NAE_EAA_P-553_Koit_kolhoos, lk 29
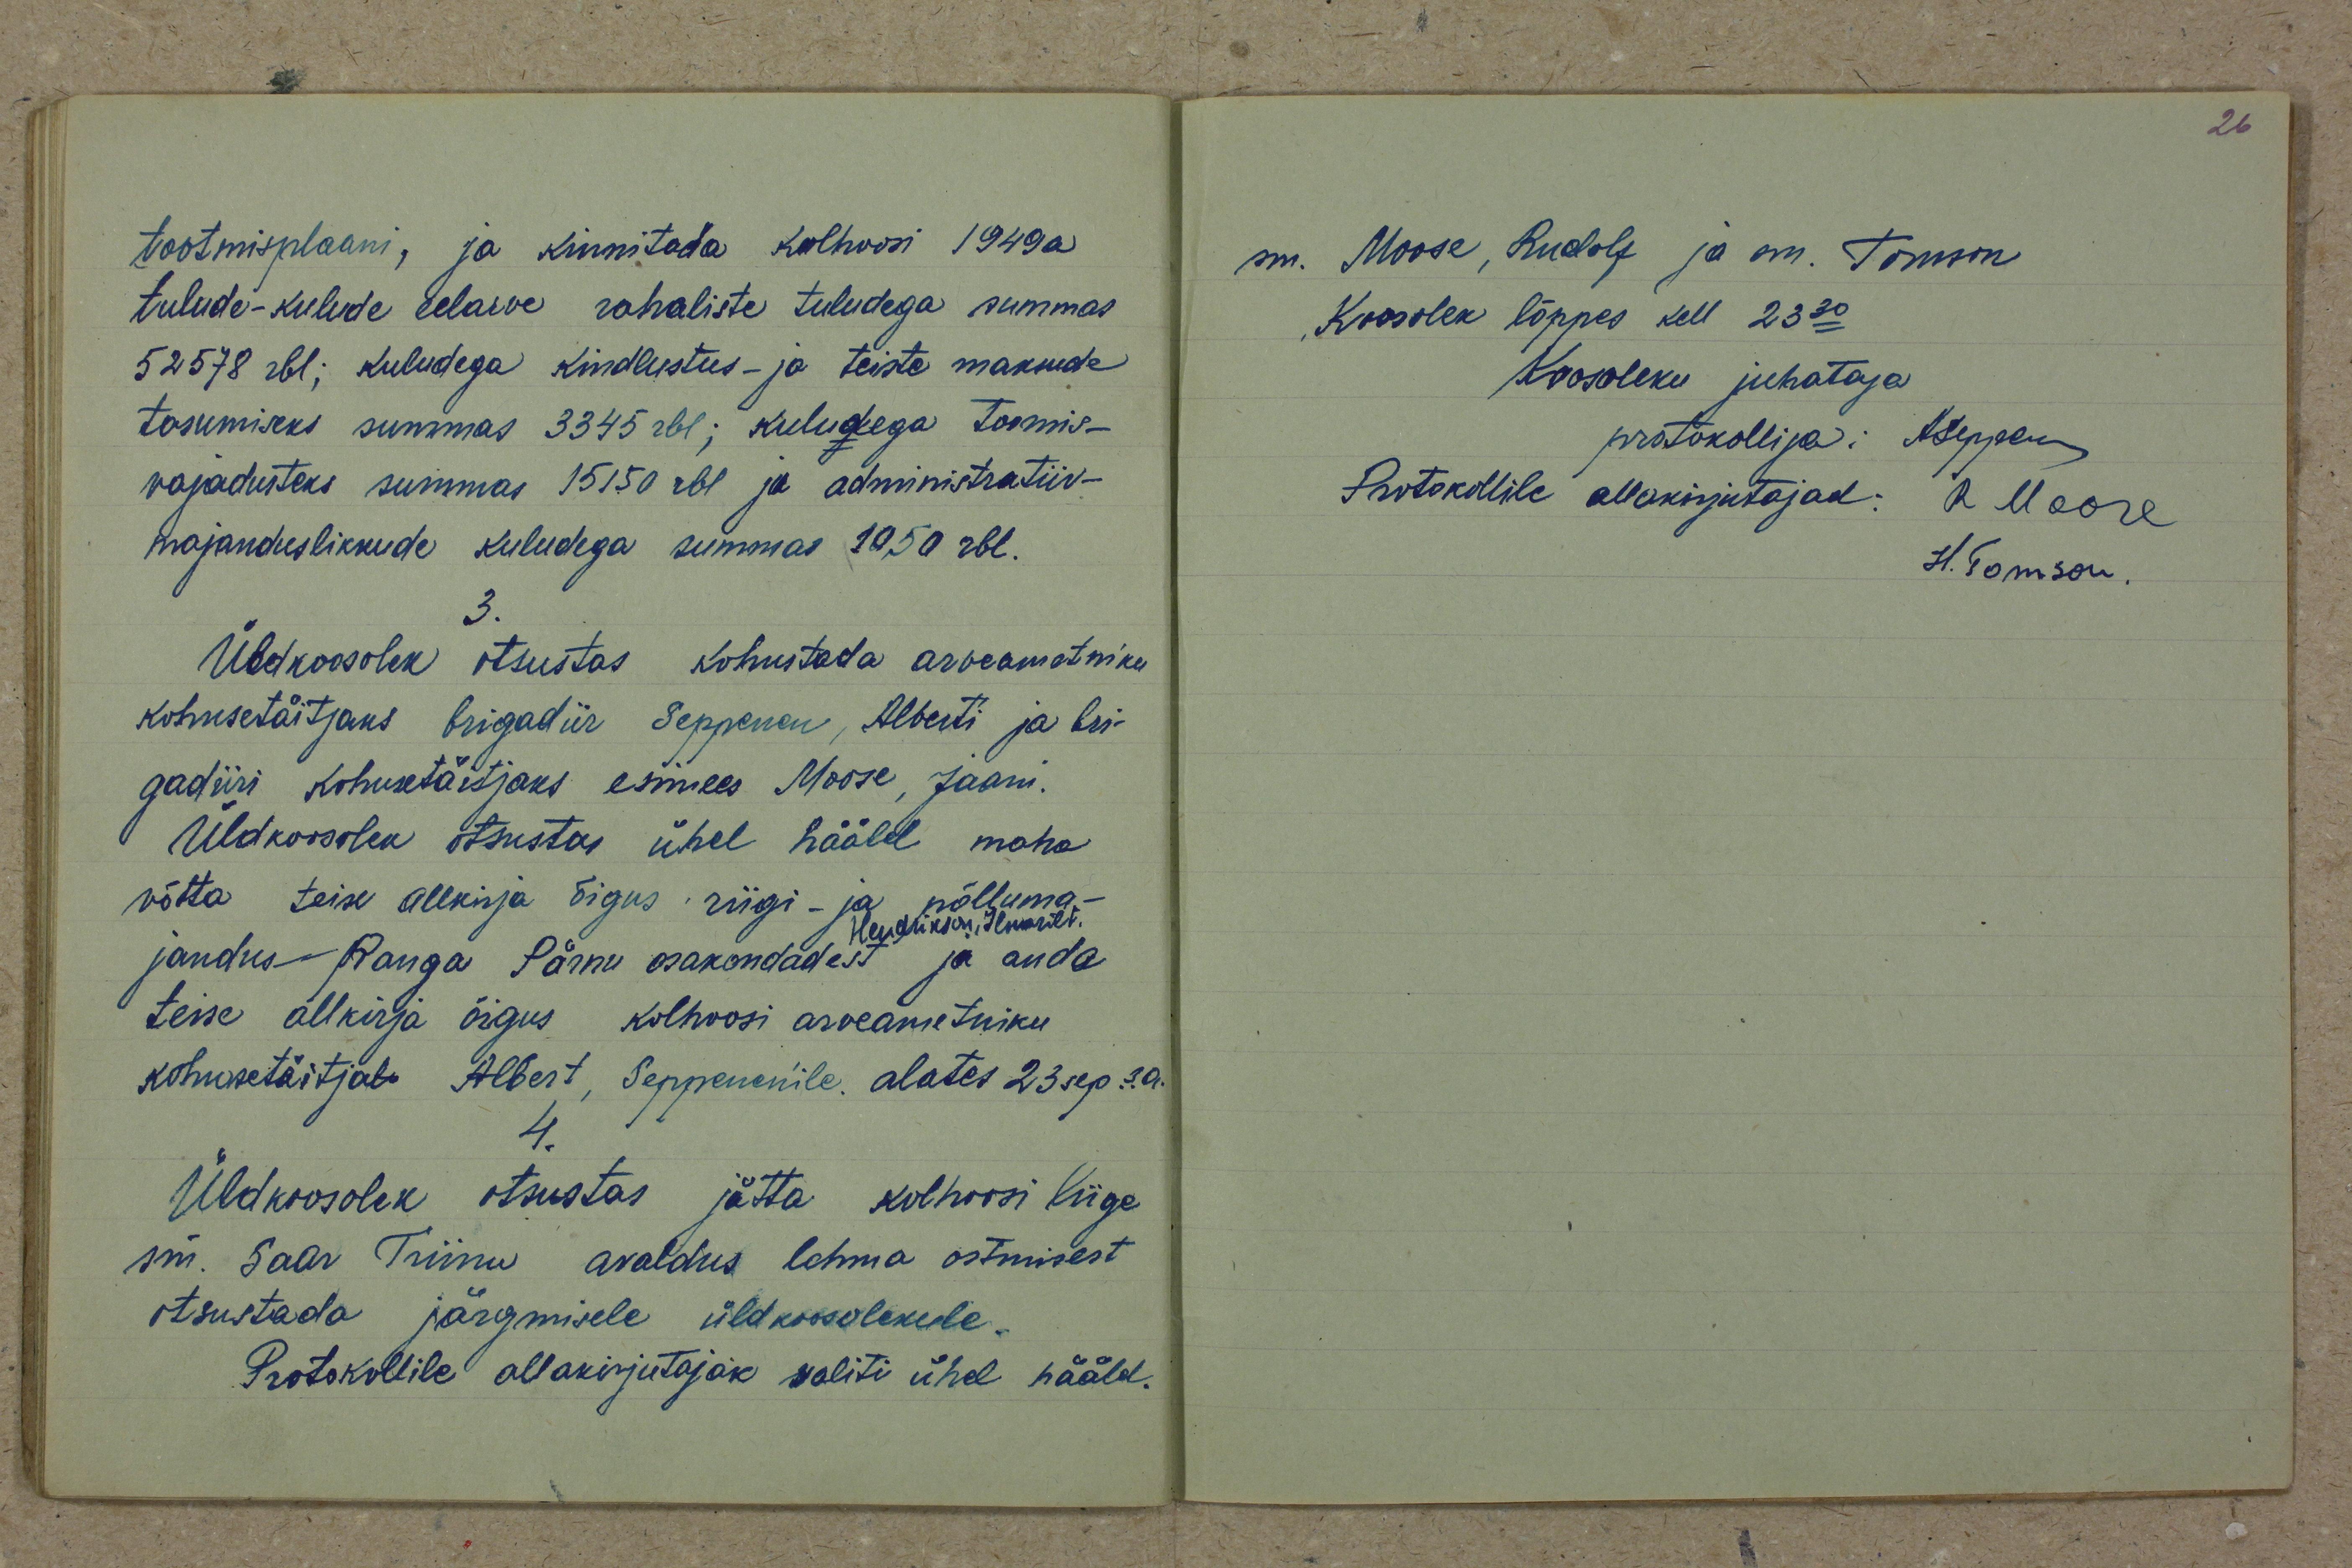
tootmisplaani, ja kinnitada kolhoosi 1949 a.
tulude-kulude eelarve rahaliste tuludega summas
52578 rbl; kuludega kindlustus- ja teiste maksude
tasumiseks summas 3345 rbl; kuludega toomis-
vajadusteks summas 15150 rbl ja administratiiv-
majanduslikkude kuludega summas 1050 rbl.
3.
Üldkoosolek otsustas kohustada arveametniku
kohusetäitjaks brigadiir Seppenen, Alberti ja bri-
gadiiri kohusetäitjaks esimees Moose, Jaani.
Üldkoosolek otsustas ühel hääle maha
võtta teise allkirja õigus riigi- ja põlluma-
Hendrikson, Ilmarilt.
jandus Panga Pärnu osakondadest ja anda
teise allkirja õigus kolhoosi arveametniku
kohusetäitjal Albert, Seppenen'ile alates 23 sep. s.a.
4.
Üldkoosolek otsustas jätta kolhoosi liige
sm. Saar Triinu avaldus lehma ostmisest
otsustada järgmisele üldkoosolekule.
Protokollile allakirjutajaks valiti ühel häält.

sm. Moose, Rudolf ja sm. Tomson
Koosolek lõppes kell 23.30
Koosoleku juhataja
protokollija: A. Seppenen
Protokollile allakirjutajad: R Moore
H. Tomson.